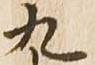
九